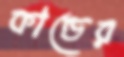
কান্ডের